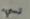
تسيء